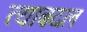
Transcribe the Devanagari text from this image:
त्याबदल